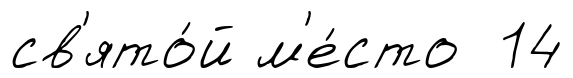
св'ято́й м'е́сто 14